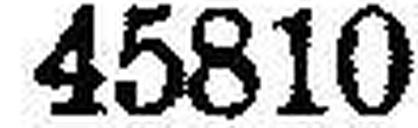
45810